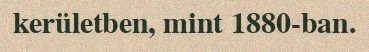
kerületben, mint 1880-ban.